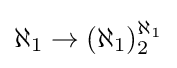
\displaystyle \aleph _{1}\rightarrow (\aleph _{1})_{2}^{\aleph _{1}}